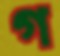
গ